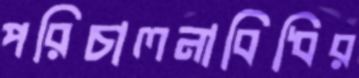
পরিচালনাবিধির